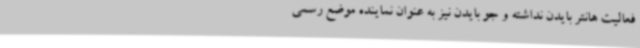
فعالیت هانتر بایدن نداشته و جو بایدن نیز به عنوان نماینده موضع رسمی